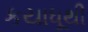
કયાધૂથી